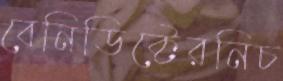
বেনিডিক্টেরনিচ